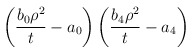
\begin{align*}\left(\frac{b_0\rho^2}{t}-a_0\right)\left(\frac{b_4\rho^2}{t}-a_4\right)\end{align*}